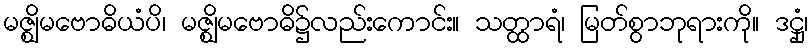
မဇ္ဈိမဗောဓိယံပိ၊ မဇ္ဈိမဗောဓိ၌လည်းကောင်း။ သတ္ထာရံ၊ မြတ်စွာဘုရားကို။ ဒဋ္ဌုံ၊